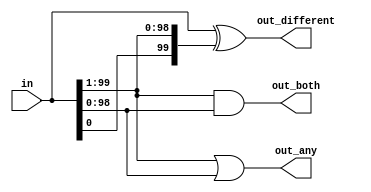
module top_module( 
    input [99:0] in,
    output [98:0] out_both,
    output [99:1] out_any,
    output [99:0] out_different );

    assign out_both[98:0] = in[99:1] & in[98:0];
    assign out_any[99:1] = in[99:1] | in[98:0];
    assign out_different[99:0] = in ^ {in[0], in[99:1]};
endmodule